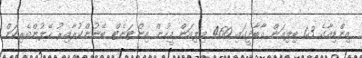
އިންޑިއާގެ 1.3 ބިލިއަން އާބާދީގައި 460 މިލިއަން މީހުން އިންޓަނެޓް ބޭނުންކުރާއިރު ހޭލުންތެރިކަން